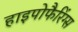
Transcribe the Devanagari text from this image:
हाइपोफैरिंग्स